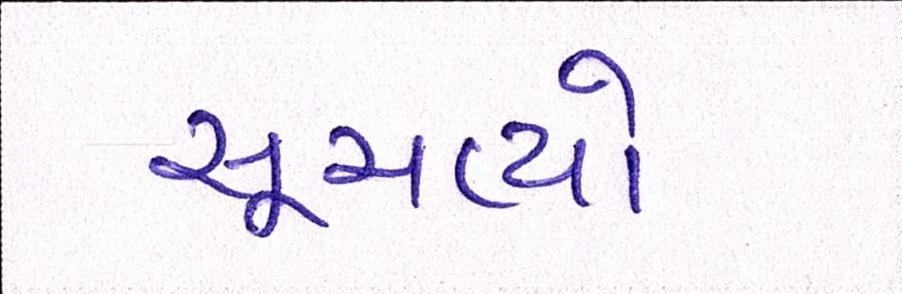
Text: સૂચવ્યો